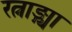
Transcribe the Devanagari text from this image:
रत्नाङ्ग्या